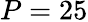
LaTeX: P=25